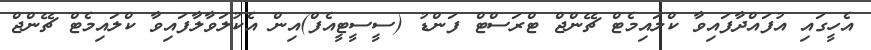
އެހީގައި އުފައްދާފައިވާ ކްލައިމެޓް ޗޭންޖް ޓްރަސްޓް ފަންޑު (ސީސީޓީއެފް)އިން އެކުލަވާލާފައިވާ ކްލައިމެޓް ޗޭންޖް